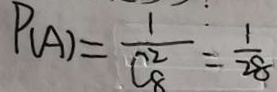
P _ { ( A ) } = \frac { 1 } { C _ { 8 } ^ { 2 } } = \frac { 1 } { 2 8 }